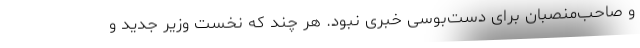
و صاحب‌منصبان برای دست‌بوسی خبری نبود. هر چند که نخست وزیر جدید و